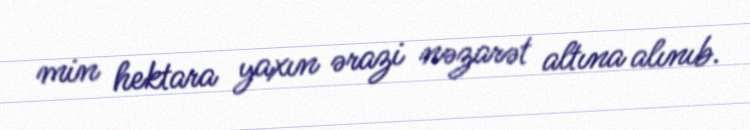
min hektara yaxın ərazi nəzarət altına alınıb.